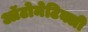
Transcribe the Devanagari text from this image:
ऑटोमेटिक्ली